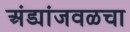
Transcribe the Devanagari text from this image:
अंड्यांजवळचा